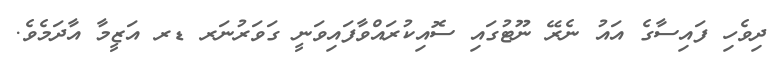
ދިވެހި ފައިސާގެ އައު ނެރޭ ނޫޓުގައި ސޮއިކުރައްވާފައިވަނީ ގަވަރުނަރ ޑރ އަޒީމާ އާދަމެވެ.